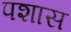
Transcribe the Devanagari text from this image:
पशास